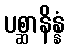
ပစ္ဆာနိန္နံ